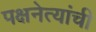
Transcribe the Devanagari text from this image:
पक्षनेत्यांची